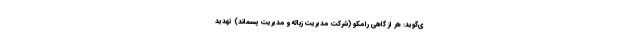
ی‌گوید: هر از گاهی رامکو (شرکت مدیریت زباله و مدیریت پسماند) تهدید